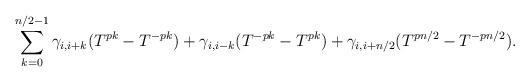
LaTeX: \begin{align*} \sum_{k=0}^{ n/2-1} \gamma_{i,i+k}(T^{pk} - T^{-pk}) + \gamma_{i,i-k} (T^{-pk}-T^{pk}) + \gamma_{i,i+n/2}(T^{pn/2}-T^{-pn/2}).\end{align*}